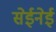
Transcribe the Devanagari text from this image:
सेईनेई